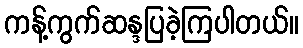
ကန့်ကွက်ဆန္ဒပြခဲ့ကြပါတယ်။